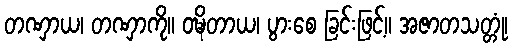
တဏှာယ၊ တဏှာကို။ ဝဍ္ဎိတာယ၊ ပွားစေ ခြင်းဖြင့်။ အဇာတသတ္တုံ၊